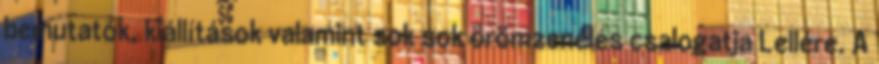
bemutatók, kiállítások valamint sok sok örömzenélés csalogatja Lellére. A